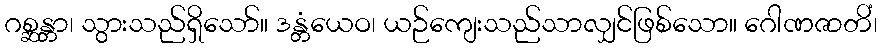
ဂစ္ဆန္တာ၊ သွားသည်ရှိသော်။ ဒန္တံယေဝ၊ ယဉ်ကျေးသည်သာလျှင်ဖြစ်သော။ ဂေါဏဇာတိံ၊